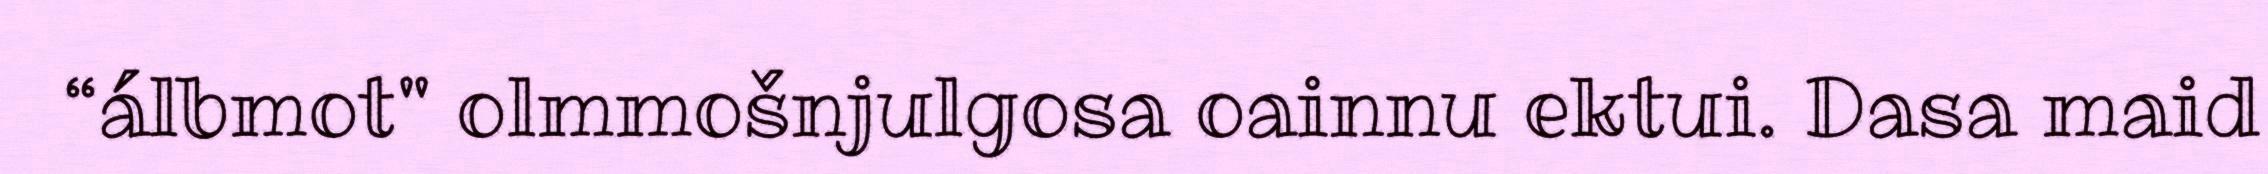
“álbmot" olmmošnjulgosa oainnu ektui. Dasa maid